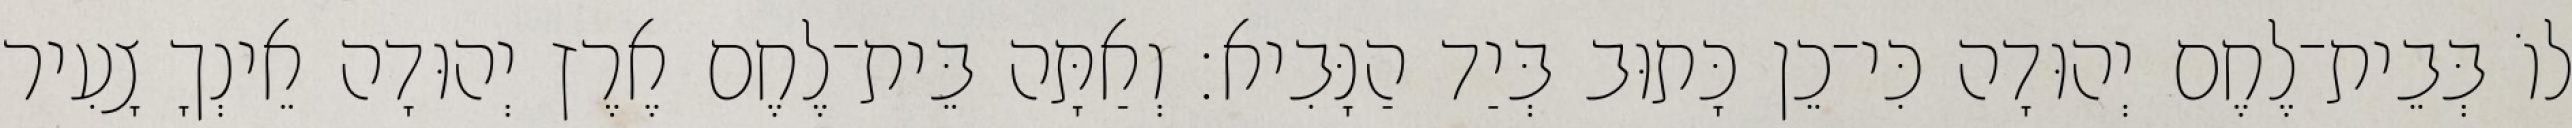
לוֹ בְּבֵית־לֶחֶם יְהוּדָה כִּי־כֵן כָּתוּב בְּיַד הַנָּבִיא׃ וְאַתָּה בֵּית־לֶחֶם אֶרֶץ יְהוּדָה אֵינְךָ צָעִיר